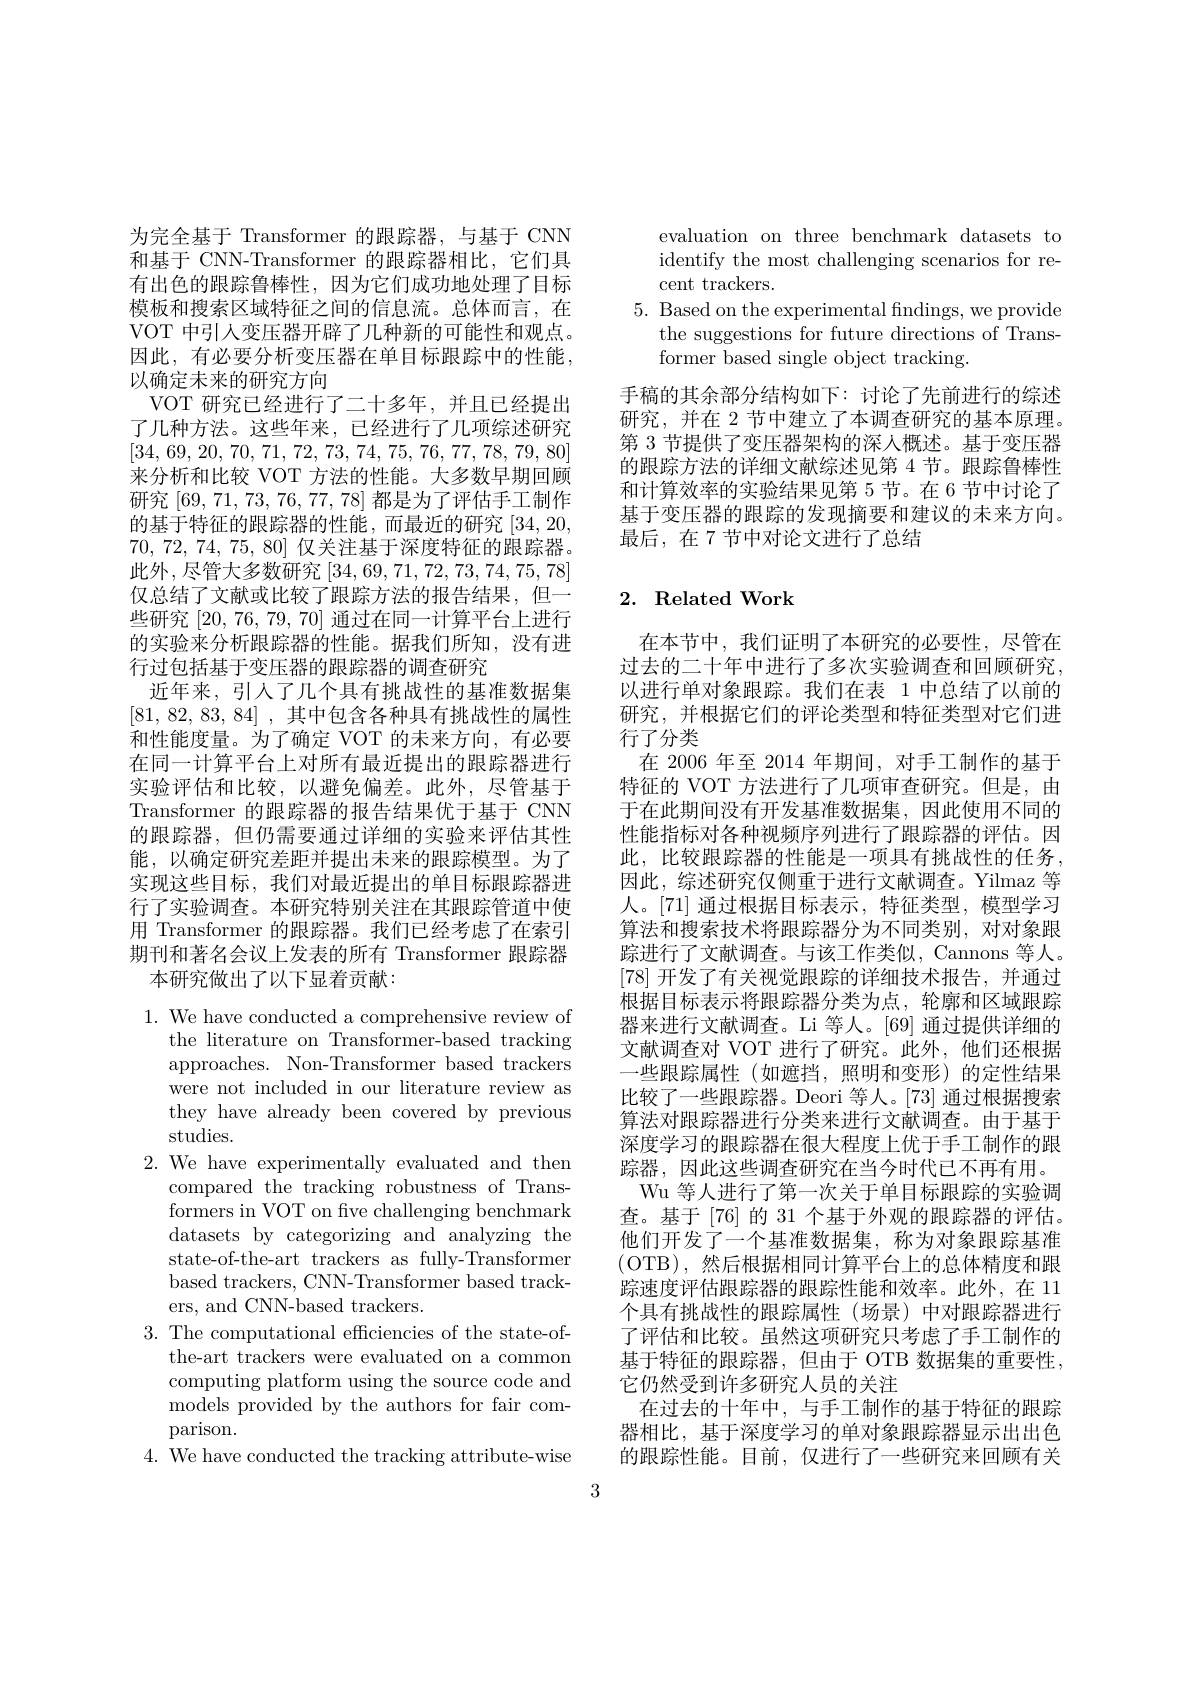
为完全基于 Transformer 的跟踪器，与基于 CNN 和基于 CNN-Transformer 的跟踪器相比，它们具有出色的跟踪鲁棒性，因为它们成功地处理了目标模板和搜索区域特征之间的信息流。总体而言，在VOT 中引人变压器开辟了几种新的可能性和观点。因此，有必要分析变压器在单目标跟踪中的性能， 以确定未来的研究方向
VOT 研究已经进行了二十多年，并且已经提出了几种方法。这些年来，已经进行了几项综述研究[34,69,20,70,71,72,73,74,75,76,77,78,79,80] 来分析和比较 VOT 方法的性能。大多数早期回顾研究[69,71,73,76,77,78]都是为了评估手工制作的基于特征的跟踪器的性能，而最近的研究[34,20, 70, 72, 74, 75, 80] 仅关注基于深度特征的跟踪器。此外，尽管大多数研究[34,69,71,72,73,74,75,78] 仅总结了文献或比较了跟踪方法的报告结果，但一些研究[20,76,79,70]通过在同一计算平台上进行的实验来分析跟踪器的性能。据我们所知，没有进行过包括基于变压器的跟踪器的调查研究
近年来，引人了几个具有挑战性的基准数据集[81, 82, 83, 84] , 其中包含各种具有挑战性的属性和性能度量。为了确定 VOT 的未来方向，有必要在同一计算平台上对所有最近提出的跟踪器进行实验评估和比较，以避免偏差。此外，尽管基于Transformer 的跟踪器的报告结果优于基于 CNN 的跟踪器，但仍需要通过详细的实验来评估其性能，以确定研究差距并提出未来的跟踪模型。为了实现这些目标，我们对最近提出的单目标跟踪器进行了实验调查。本研究特别关注在其跟踪管道中使用 Transformer 的跟踪器。我们已经考虑了在索引期刊和著名会议上发表的所有 Transformer 跟踪器
本研究做出了以下显着贡献：

$1.{\mathrm{~We~have~conducted~a~comprehensive~review~of}}$
the literature on Transformer-based tracking approaches. Non-Transformer based trackers were not included in our literature review as they have already been covered by previous studies.
2. We have experimentally evaluated and then
compared the tracking robustness of Transformers in VOT on five challenging benchmark datasets by categorizing and analyzing the state-of-the-art trackers as fully-Transformer based trackers, CNN-Transformer based trackers, and CNN-based trackers.
3. The computational efficiencies of the state-of-
the-art trackers were evaluated on a common computing platform using the source code and models provided by the authors for fair comparison.
4. We have conducted the tracking attribute-wise

evaluation on three benchmark datasets to identify the most challenging scenarios for recent trackers.
5. Based on the experimental findings, we provide
the suggestions for future directions of Trans-
former based single object tracking.
手稿的其余部分结构如下：讨论了先前进行的综述研究，并在 2 节中建立了本调查研究的基本原理。第 3 节提供了变压器架构的深人概述。基于变压器的跟踪方法的详细文献综述见第 4 节。跟踪鲁棒性和计算效率的实验结果见第 5 节。在 6 节中讨论了基于变压器的跟踪的发现摘要和建议的未来方向。最后，在 7 节中对论文进行了总结

## 2. Related Work

在本节中，我们证明了本研究的必要性，尽管在过去的二十年中进行了多次实验调查和回顾研究， 以进行单对象跟踪。我们在表 1 中总结了以前的研究，并根据它们的评论类型和特征类型对它们进行了分类
在 2006 年至 2014 年期间，对手工制作的基于特征的 VOT 方法进行了几项审查研究。但是，由于在此期间没有开发基准数据集，因此使用不同的性能指标对各种视频序列进行了跟踪器的评估。因此，比较跟踪器的性能是一项具有挑战性的任务， 因此，综述研究仅侧重于进行文献调查。Yilmaz 等人。[71] 通过根据目标表示，特征类型，模型学习算法和搜索技术将跟踪器分为不同类别，对对象跟踪进行了文献调查。与该工作类似，Cannons 等人。[78]开发了有关视觉跟踪的详细技术报告，并通过根据目标表示将跟踪器分类为点，轮廓和区域跟踪器来进行文献调查。Li 等人。[69] 通过提供详细的文献调查对 VOT 进行了研究。此外，他们还根据一些跟踪属性(如遮挡，照明和变形)的定性结果比较了一些跟踪器。Deori 等人。[73] 通过根据搜索算法对跟踪器进行分类来进行文献调查。由于基于深度学习的跟踪器在很大程度上优于手工制作的跟踪器，因此这些调查研究在当今时代已不再有用。
Wu 等人进行了第一次关于单目标跟踪的实验调查。基于 [76] 的 31 个基于外观的跟踪器的评估。他们开发了一个基准数据集，称为对象跟踪基准(OTB),然后根据相同计算平台上的总体精度和跟踪速度评估跟踪器的跟踪性能和效率。此外，在 11个具有挑战性的跟踪属性(场景)中对跟踪器进行了评估和比较。虽然这项研究只考虑了手工制作的基于特征的跟踪器，但由于 OTB 数据集的重要性， 它仍然受到许多研究人员的关注
在过去的十年中，与手工制作的基于特征的跟踪器相比，基于深度学习的单对象跟踪器显示出出色的跟踪性能。目前，仅进行了一些研究来回顾有关

3